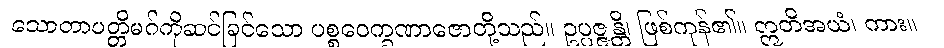
သောတာပတ္တိမဂ်ကိုဆင်ခြင်သော ပစ္စဝေက္ခဏာဇောတို့သည်။ ဥပ္ပဇ္ဇန္တိ၊ ဖြစ်ကုန်၏။ ဣတိအယံ၊ ကား။